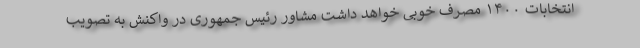
انتخابات ۱۴۰۰ مصرف خوبی خواهد داشت مشاور رئیس جمهوری در واکنش به تصویب